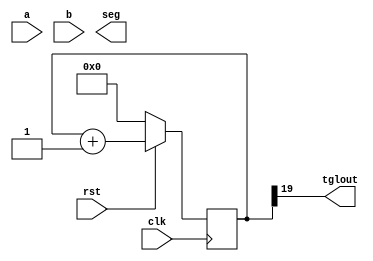
`timescale 1ns / 1ps


module segtoggle(
    input [3:0] a,
    input [3:0] b,
    input clk,
    input rst,
    output reg [6:0] seg,
    output tglout
    );

	wire div20;

	reg [21:0] count;
    wire [3:0] selnum;


    always@(posedge(clk))
	   if (rst==1'b0)
		  count <= 22'b0;
	   else
		  count <= count+1'b1;

	assign div20 = count[19];

	assign tglout = div20;
    assign selnum = div20 ? a : b;

// COPY YOUR ALWAYS BLOCK HERE AND USE selnum AS THE CASE CONDITION



endmodule